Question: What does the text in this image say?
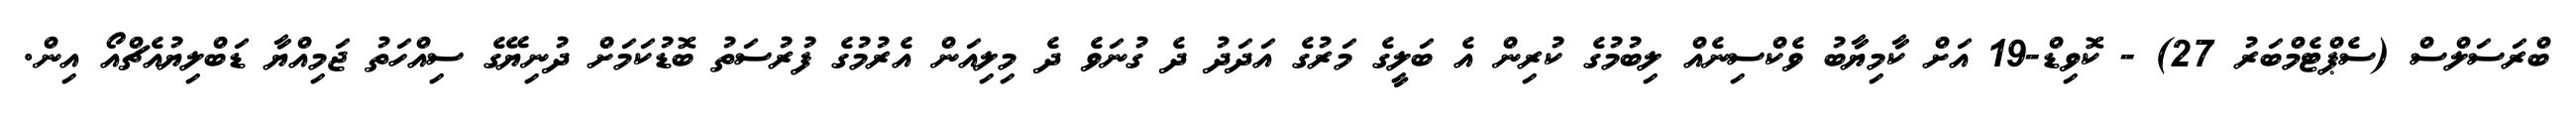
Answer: ބްރަސަލްސް (ސެޕްޓެމްބަރު 27) - ކޮވިޑް-19 އަށް ކާމިޔާބު ވެކްސިނެއް ލިބުމުގެ ކުރިން އެ ބަލީގެ މަރުގެ އަދަދު ދެ ގުނަވެ ދެ މިލިއަން އެރުމުގެ ފުރުސަތު ބޮޑުކަމަށް ދުނިޔޭގެ ސިއްހަތު ޖަމިއްޔާ ޑަބްލިޔުއެޗްއޯ އިން.